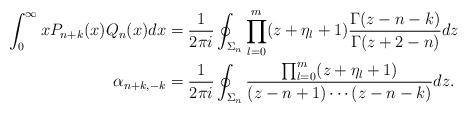
LaTeX: \begin{align*} \int_0^\infty xP_{n+k}(x) Q_{n} (x) dx &= \frac{1}{2\pi i} \oint_{\Sigma_n} \prod_{l=0}^m (z+\eta_l+1) \frac{ \Gamma(z-n-k) }{\Gamma(z+2-n)} dz \\\alpha_{n+k,-k}& = \frac{1}{2\pi i} \oint_{\Sigma_n} \frac{ \prod_{l=0}^m (z+\eta_l+1)}{(z-n+1)\cdots(z-n-k)} dz .\end{align*}